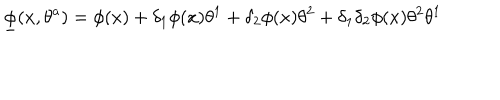
{ \underline { { \phi } } } ( x , \theta ^ { a } ) = \phi ( x ) + \delta _ { 1 } \phi ( x ) \theta ^ { 1 } + \delta _ { 2 } \phi ( x ) \theta ^ { 2 } + \delta _ { 1 } \delta _ { 2 } \phi ( x ) \theta ^ { 2 } \theta ^ { 1 }